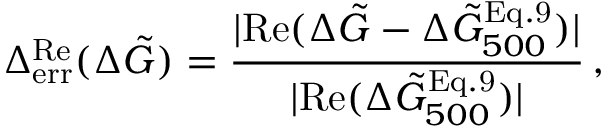
\Delta _ { \mathrm { e r r } } ^ { \mathrm { R e } } ( \Delta \Tilde { G } ) = \frac { \vert \mathrm { R e } ( \Delta \Tilde { G } - \Delta \Tilde { G } _ { 5 0 0 } ^ { \mathrm { E q . 9 } } ) \vert } { \vert \mathrm { R e } ( \Delta \Tilde { G } _ { 5 0 0 } ^ { \mathrm { E q . 9 } } ) \vert } \, ,